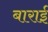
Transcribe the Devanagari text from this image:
बाराई